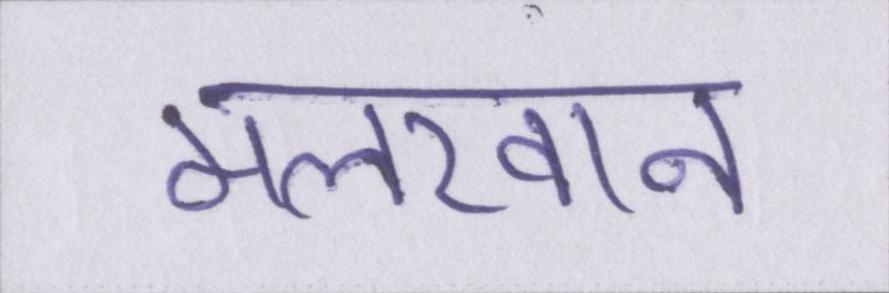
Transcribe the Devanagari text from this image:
मलखान